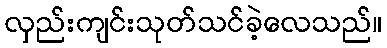
လှည်းကျင်းသုတ်သင်ခဲ့လေသည်။